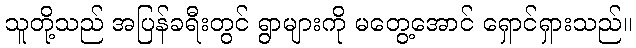
သူတို့သည် အပြန်ခရီးတွင် ရွာများကို မတွေ့အောင် ရှောင်ရှားသည်။